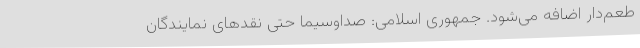
طعم‌دار اضافه می‌شود. جمهوری اسلامی: صداوسیما حتی نقدهای نمایندگان